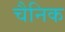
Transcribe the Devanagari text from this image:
चैनिक